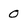
Character: 0